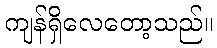
ကျန်ရှိလေတော့သည်။